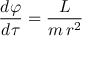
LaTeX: { \frac { d \varphi } { d \tau } } = { \frac { L } { m \, r ^ { 2 } } }